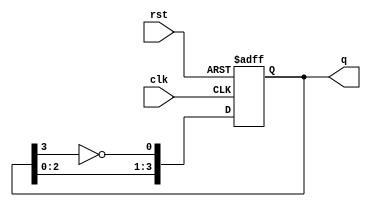
module johnson_counter (
    input wire clk,             // Clock input
    input wire rst,             // Asynchronous reset
    output reg [3:0] q          // 4-bit output
);

always @(posedge clk or posedge rst) begin
    if (rst) begin
        q <= 4'b0000;          // Reset the counter to 0000
    end else begin
        q[0] <= ~q[3];         // Inverted output of the last flip-flop to the first
        q[1] <= q[0];          // Shift left
        q[2] <= q[1];          // Shift left
        q[3] <= q[2];          // Shift left
    end
end

endmodule